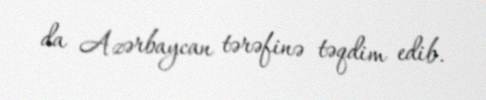
da Azərbaycan tərəfinə təqdim edib.